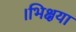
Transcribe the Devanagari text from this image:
।भिक्षया